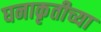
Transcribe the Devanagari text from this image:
घनाकृतीच्या